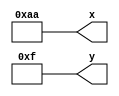
`timescale 1ns / 1ps
//////////////////////////////////////////////////////////////////////////////////
// Company: 
// Engineer: 
// 
// Design Name: 
// Module Name:    gate_module_gen_test 
// Project Name: 
// Target Devices: 
// Tool versions: 
// Description: 
//
// Dependencies: 
//
// Revision: 
// Revision 0.01 - File Created
// Additional Comments: 
//
//////////////////////////////////////////////////////////////////////////////////
module gate_module_gen_test(
        output [7:0] x,
        output [7:0] y
    );
    reg [7:0] xreg;
    reg [7:0] yreg;
    
    assign x = xreg;
    assign y = yreg;
    
    initial
    begin
        #1;
        xreg = 8'hff;
        yreg = 8'hff;
        #2;
        xreg = 8'hff;
        yreg = 8'h00;
        #2;
        xreg = 8'haa;
        yreg = 8'h0f;
    end
endmodule